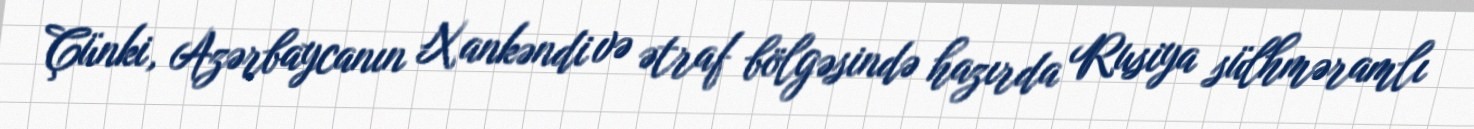
Çünki, Azərbaycanın Xankəndi və ətraf bölgəsində hazırda Rusiya sülhməramlı